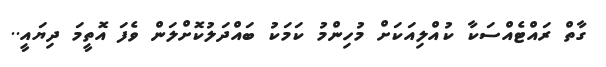
ގާތް ރައްޓެއްސަކާ ކުއްލިއަކަށް މުހިންމު ކަމަކު ބައްދަލުކޮށްލަން ވެފަ އޮތީމަ ދިޔައީ..